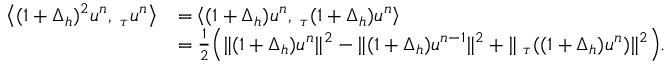
\begin{array} { r l } { \left\langle ( 1 + \Delta _ { h } ) ^ { 2 } u ^ { n } , \triangledown _ { \tau } u ^ { n } \right\rangle } & { = \left\langle ( 1 + \Delta _ { h } ) u ^ { n } , \triangledown _ { \tau } ( 1 + \Delta _ { h } ) u ^ { n } \right\rangle } \\ & { = \frac { 1 } { 2 } \Big ( \| ( 1 + \Delta _ { h } ) u ^ { n } \| ^ { 2 } - \| ( 1 + \Delta _ { h } ) u ^ { n - 1 } \| ^ { 2 } + \| \triangledown _ { \tau } ( ( 1 + \Delta _ { h } ) u ^ { n } ) \| ^ { 2 } \Big ) . } \end{array}